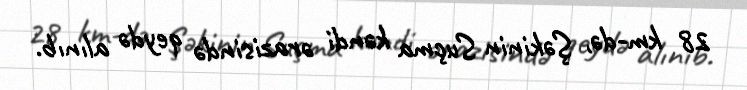
28 km-də, Şəkinin Suçma kəndi ərazisində qeydə alınıb.